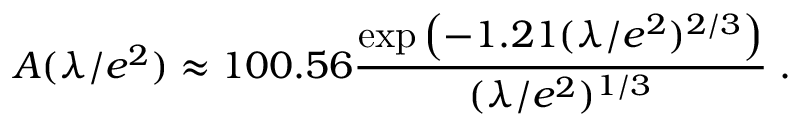
A ( \lambda / e ^ { 2 } ) \approx 1 0 0 . 5 6 { \frac { \exp \left( - 1 . 2 1 ( \lambda / e ^ { 2 } ) ^ { 2 / 3 } \right) } { ( \lambda / e ^ { 2 } ) ^ { 1 / 3 } } } \; .